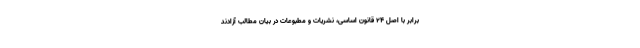
برابر با اصل ۲۴ قانون اساسی، نشریات و مطبوعات در بیان مطالب آزادند